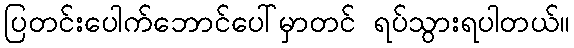
ပြတင်းပေါက်ဘောင်ပေါ်မှာတင် ရပ်သွားရပါတယ်။